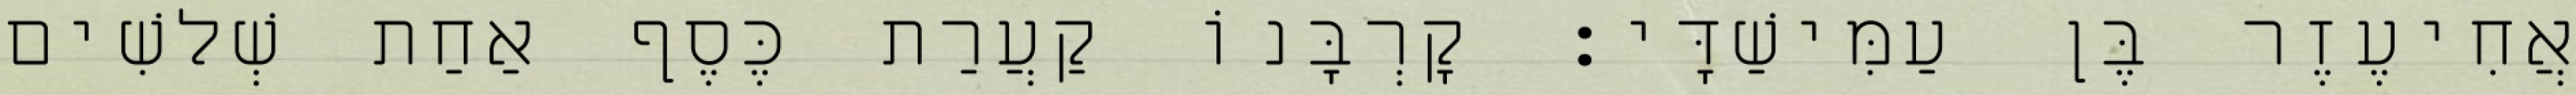
אֲחִיעֶזֶר בֶּן עַמִּישַׁדָּי׃ קָרְבָּנוֹ קַעֲרַת כֶּסֶף אַחַת שְׁלשִׁים